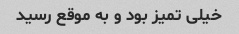
خیلی تمیز بود و به موقع رسید